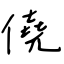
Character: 僥